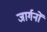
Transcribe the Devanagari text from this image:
जार्गनों